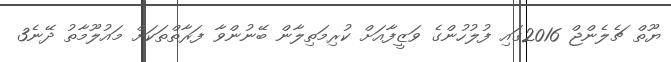
ޔޫތް ޗެލެންޖް 2016ގައި ފުލުހުންގެ ވަޒީފާއަށް ކުރިމަތިލާން ބޭނުންވާ ފަރާތްތަކަށް މައުލޫމާތު ދޭނެ3